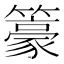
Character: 籇